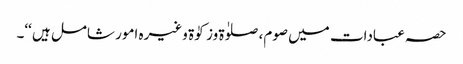
حصہ عبادات میں صوم، صلوٰۃ وزکوٰۃ وغیرہ امور شامل ہیں ‘‘۔